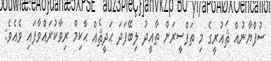
ސުފްޔާނުއް ޘައުރީގެ މި ތަފްސީރަށް ތާއީދު ލިބޭފަދަ ޙަދީޘެއް ޙާކިމް ރިވާކުރައްވާފައި ވެއެވެ: